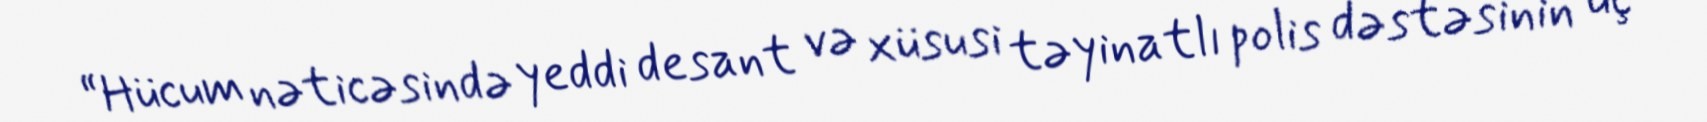
“Hücum nəticəsində yeddi desant və xüsusi təyinatlı polis dəstəsinin üç